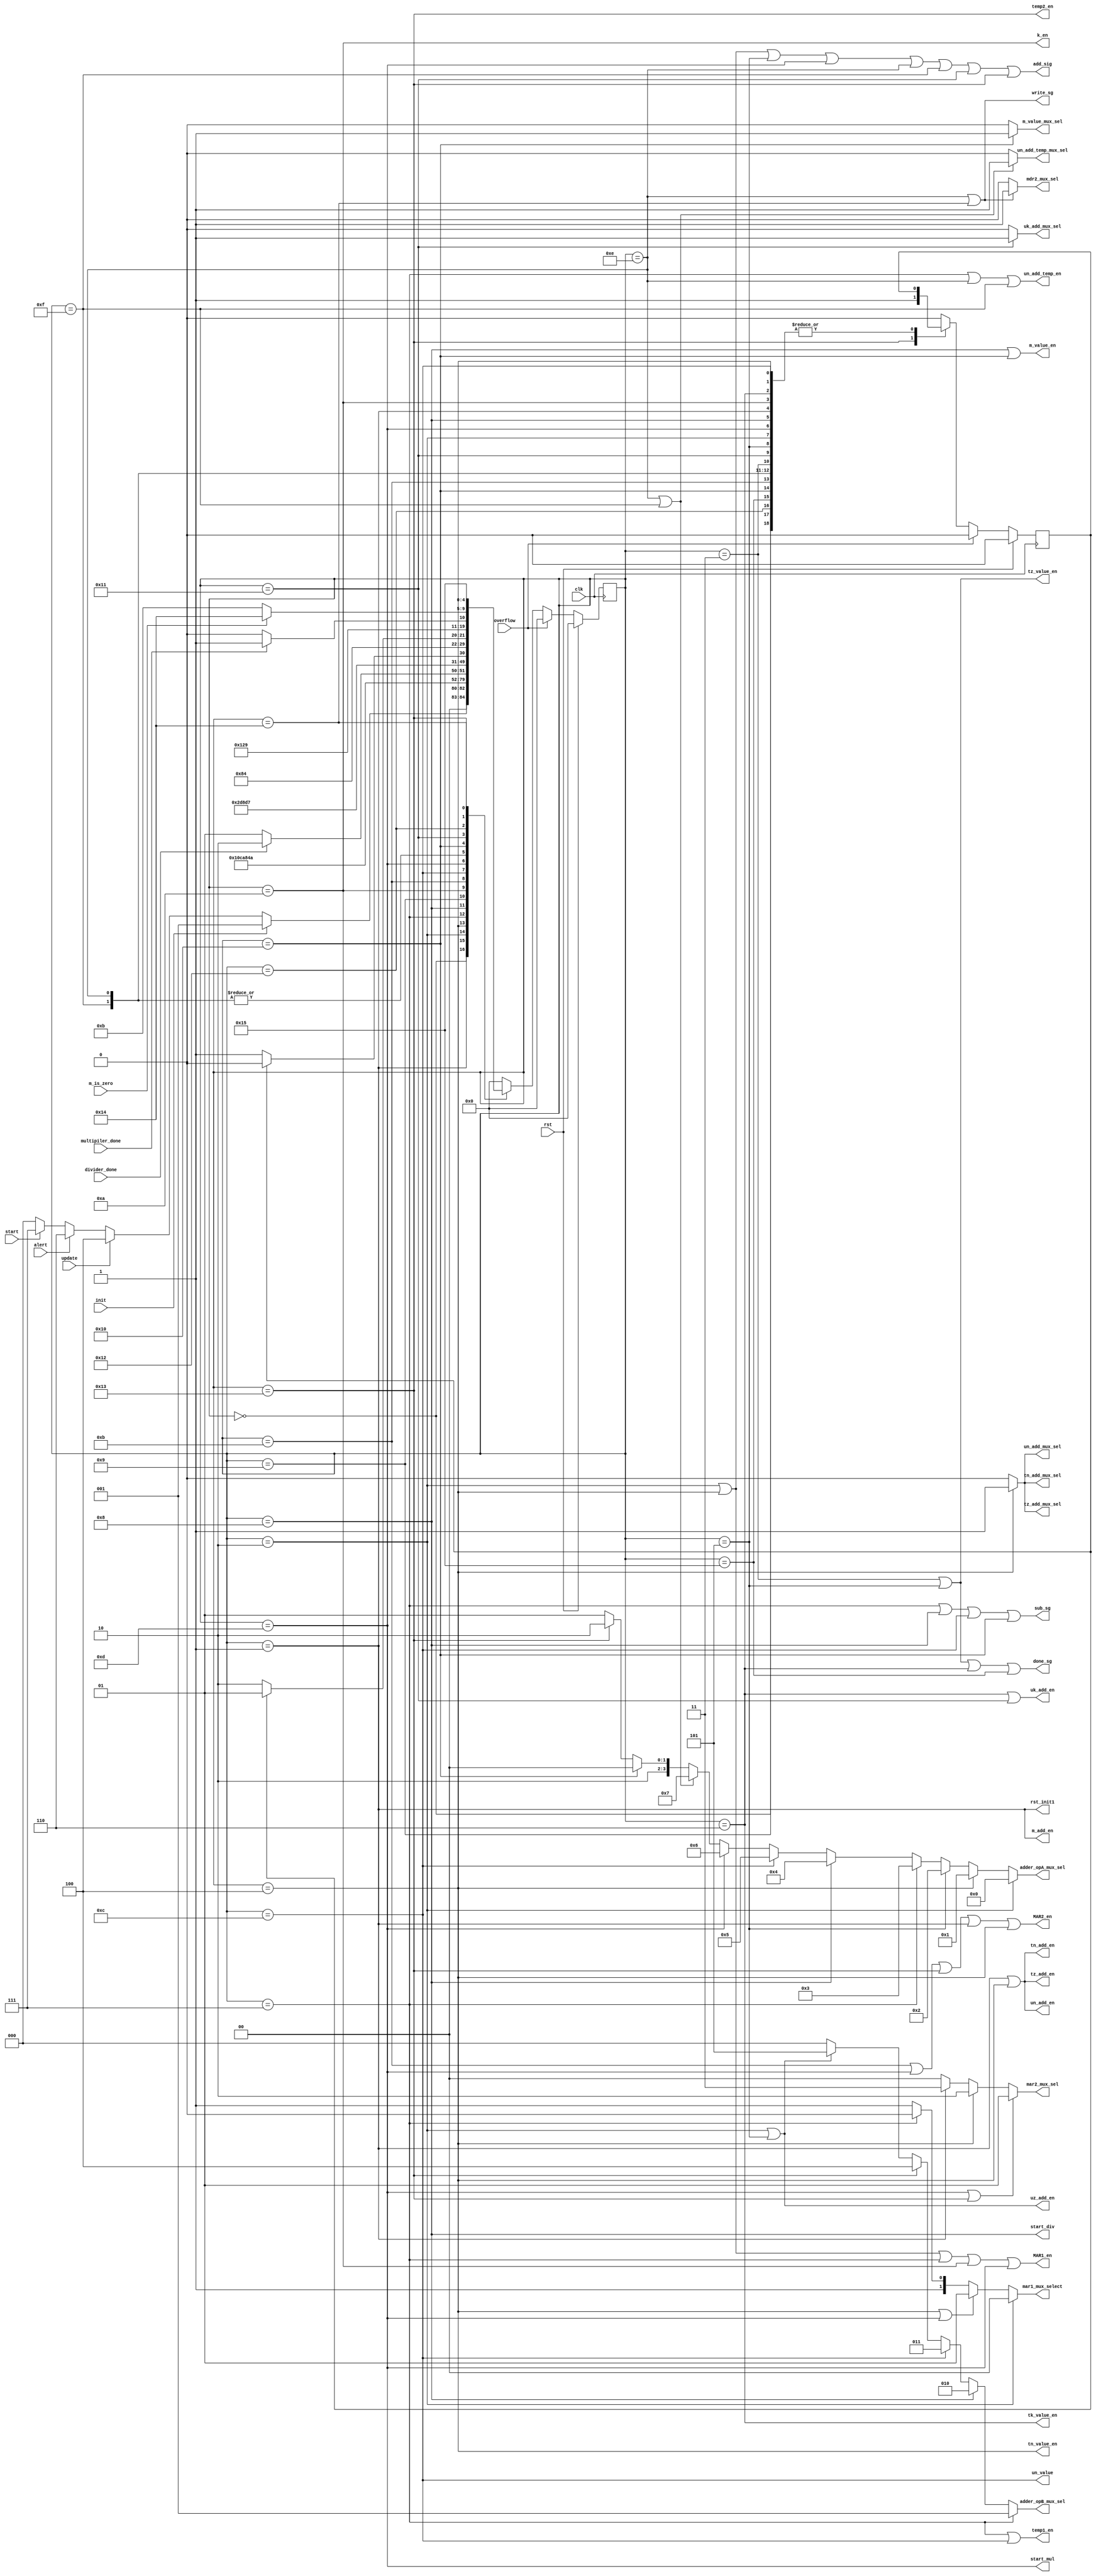
module InterpolationFSM(
    input clk,rst,init,alert,update,start,multipiler_done, divider_done,m_is_zero,overflow,
    output un_add_en,uz_add_en,uk_add_en,
    un_value,
    tn_add_en,tz_add_en,
    tz_value_en,tn_value_en,tk_value_en,
    un_add_temp_en,temp1_en,temp2_en,k_en,
    MAR1_en,MAR2_en,write_sg,
    m_add_en,m_value_en,
    un_add_mux_sel,uk_add_mux_sel,un_add_temp_mux_sel,
    tn_add_mux_sel,tz_add_mux_sel,mdr2_mux_sel,
    m_value_mux_sel,
    start_div, start_mul,
    
    done_sg,rst_init1,
    add_sig, sub_sg,

    output[1:0] mar1_mux_select,mar2_mux_sel,

    output[3:0] adder_opA_mux_sel,
    output[2:0] adder_opB_mux_sel
);

    reg[4:0] current_state;
    reg not_first;

    // states
    localparam IDLE = 5'd0, INIT1 = 5'd1, INIT2 = 5'd2, INIT3 = 5'd3,
     UPDATE1 = 5'd4, UPDATE2 = 5'd5, ALERT1 = 5'd6,
     START1 = 5'd7, START2 = 5'd8, START3 = 5'd9, START4 = 5'd10,
     LOOP1 = 5'd11, LOOP2 = 5'd12, LOOP3 = 5'd13, LOOP4 = 5'd14, LOOP5 = 5'd15,
     LOOP6 = 5'd16, LOOP7 = 5'd17, LOOP8 = 5'd18, LOOP9 = 5'd19, LOOP10 = 5'd20,
     LOOP11 = 5'd21;

     //CONTROL SIGNALS (MOSTLY ENABLES)
    assign un_add_en = current_state == INIT1 | current_state == UPDATE1;
    assign uz_add_en = current_state == INIT2 | current_state == UPDATE2;
    assign uk_add_en = current_state == ALERT1 | current_state == LOOP7;
    assign un_value = current_state == LOOP2;
    assign tn_add_en = current_state == INIT1 | current_state == UPDATE1;
    assign tz_add_en =  current_state == INIT1 | current_state == UPDATE1;
    assign tz_value_en = current_state == INIT3 | current_state == UPDATE2;
    assign tn_value_en = current_state == UPDATE1;
    assign tk_value_en = current_state == ALERT1;
    assign un_add_temp_en = current_state == START1 | current_state == LOOP4 | current_state == LOOP5;
    assign temp1_en = current_state == START1 | current_state == LOOP2;
    assign temp2_en = current_state == LOOP9;
    assign k_en = current_state == START4;
    assign MAR1_en = current_state == INIT2 | current_state == UPDATE1 | current_state == START1 | current_state == START4 | current_state == LOOP3;
    assign MAR2_en = current_state == LOOP1 | current_state == LOOP3 | current_state == LOOP9 | 
                        current_state == INIT1 | current_state == UPDATE1;
    
    //assign MDR2_en = current_state == LOOP4 | current_state == LOOP10;
    //assign read_sg = current_state == LOOP1 | current_state == INIT1 | current_state == UPDATE1;
    assign write_sg = current_state == LOOP4 | current_state == LOOP10;
    assign m_add_en = current_state == INIT1;
    assign m_value_en = current_state == START2 | current_state == LOOP6;

    assign start_div = current_state == START2;
    assign start_mul = current_state == LOOP3;
    
    assign add_sig = current_state == INIT2 | current_state == UPDATE1 | current_state == UPDATE2 | current_state == LOOP3 | 
                        current_state == LOOP4 | current_state == LOOP5 | current_state == LOOP7 | current_state == LOOP9;
    assign sub_sg = current_state == START1 | current_state == START2 | current_state == LOOP2 | current_state == LOOP6;
    assign done_sg = current_state == INIT3 | current_state == UPDATE2 | current_state == ALERT1 | current_state == LOOP11;
    
    assign rst_init1 = current_state == INIT1;
    //assign not_first = (current_state == LOOP9)? 1'b1 : ((current_state == LOOP10) ? 1'b0 : not_first);

    //selectors
    assign un_add_mux_sel = current_state == UPDATE1 ? 1'b1 : 1'b0;
    assign uk_add_mux_sel = current_state == LOOP7 ? 1'b1 : 1'b0;
    assign un_add_temp_mux_sel =  (current_state == LOOP4 | current_state == LOOP5) ? 1'b1 : 1'b0;
    assign tn_add_mux_sel = current_state == UPDATE1 ? 1'b1 : 1'b0;
    assign tz_add_mux_sel = current_state == UPDATE1 ? 1'b1 : 1'b0;
    assign mar2_mux_sel = (current_state == LOOP3 | current_state == LOOP9) ? 2'b01 : (
                            current_state == UPDATE1 ? 2'b10 : (current_state == INIT1 ? 2'b11 : 2'b00 ));
    assign mdr2_mux_sel = (current_state == LOOP4 | current_state == LOOP10) ? 1'b1 : 1'b0;
    assign m_value_mux_sel = current_state == LOOP6 ? 1'b1 : 1'b0;

    assign mar1_mux_select = (current_state == INIT2)? 2'b00 :((current_state == UPDATE1 | current_state == LOOP3) ? 2'b01 :(current_state == START1)? 2'b10 : 2'b11 );

    assign adder_opA_mux_sel = current_state == INIT2?4'b0000 :( current_state == UPDATE1 ?4'b0001 :(
                                        current_state == UPDATE2?4'b0010 :(current_state == START1 ?4'b0011 : (
                                        current_state == START2 ? 4'b0100 :( current_state == LOOP2 ? 4'b0101 : (
                                        current_state == LOOP3 ? 4'b0110 :( (current_state == LOOP4 | current_state == LOOP5) ? 4'b0111 : (
                                        current_state == LOOP6 ? 4'b1000 :( current_state == LOOP9 ? 4'b1010 : 4'b1001 )
                                        ))
                                            ) ))  ) ));
    
    assign adder_opB_mux_sel = current_state == START1?3'b001 :( current_state == START2 ? 3'b010 :(
                                 current_state == LOOP2 ? 3'b011 : (current_state == LOOP9 ? 3'b100 :(
                                     (current_state == INIT2 | current_state == UPDATE2)? 3'b101: 3'b000
                                 ) )));



    always@(posedge clk)
    begin
        if (rst) begin
            current_state <= IDLE;
            not_first <= 1'b0;
            end
        else if(overflow) begin
            current_state <= IDLE;
            not_first <= 1'b0;
            end
        else
        begin
            case (current_state)
                IDLE:
                begin
                    if(init)
                        current_state<=INIT1;
                    else if (update)
                        current_state <= UPDATE1;
                    else if(alert)
                        current_state <= ALERT1;
                    else if(start)
                        current_state <= START1;
                    else
                        current_state <= IDLE;
                end
                INIT1:
                begin
                    current_state <= INIT2;
                end
                INIT2:
                begin
                    current_state <= INIT3;
                end
                INIT3:
                begin
                    current_state <= IDLE;
                end
                UPDATE1:
                begin
                    current_state <= UPDATE2;
                end
                UPDATE2:
                begin
                    current_state <= IDLE;
                end
                ALERT1:
                begin
                    current_state <= IDLE;
                end
                START1:
                begin
                    current_state <= START2;
                    not_first <= 1'b0;
                end
                START2:
                begin
                    current_state <= START3;
                end
                START3:
                begin
                    if(divider_done)
                        current_state <= START4;
                    else
                        current_state<=START3;
                end
                START4:
                begin
                    current_state <= LOOP1;
                end
                LOOP1:
                begin
                    current_state <= LOOP2;
                end
                LOOP2:
                begin
                    current_state <= LOOP3;
                end
                LOOP3:
                begin
                    if(not_first)
                        current_state <= LOOP4;
                    else
                        current_state <= LOOP5;
                end
                LOOP4:
                begin
                    current_state <= LOOP6;
                end
                LOOP5:
                begin
                    current_state <= LOOP6;
                end
                LOOP6:
                begin
                    if(not_first)
                        current_state <= LOOP7;
                    else
                        current_state <= LOOP8;
                end
                LOOP7:
                begin
                    current_state <= LOOP8;
                end
                LOOP8:
                begin
                    if(multipiler_done)
                        current_state <= LOOP9;
                    else 
                        current_state <= LOOP8;
                end
                LOOP9:
                begin
                    not_first <= 1'b1;
                    if(m_is_zero)
                        current_state<= LOOP10;
                    else
                        current_state<=LOOP1;
                end
                LOOP10:
                begin
                    not_first <= 1'b0;
                    current_state <= LOOP11;
                end
                LOOP11:
                begin
                    current_state <= IDLE;
                end
                default:
                    begin
                    current_state<=IDLE;
                    not_first <= 1'b0;
                    end        
            endcase
        end
    end
endmodule